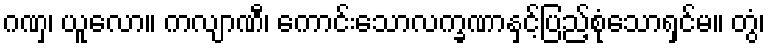
ဂဏှ၊ ယူလော။ ကလျာဏီ၊ ကောင်းသောလက္ခဏာနှင့်ပြည့်စုံသောရှင်မ။ တွံ၊